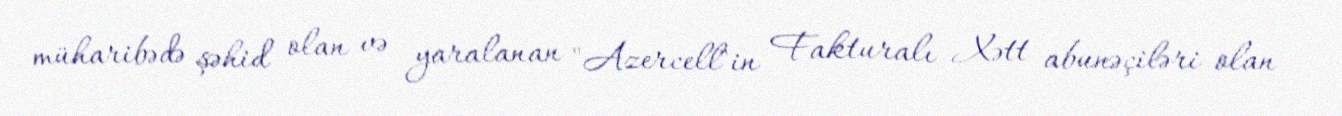
müharibədə şəhid olan və yaralanan "Azercell"in Fakturalı Xətt abunəçiləri olan